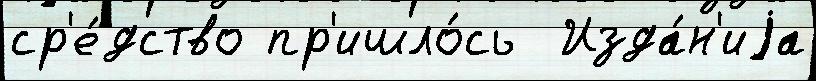
ср'е́дство пр'ишло́сь  Изда́н'иjа